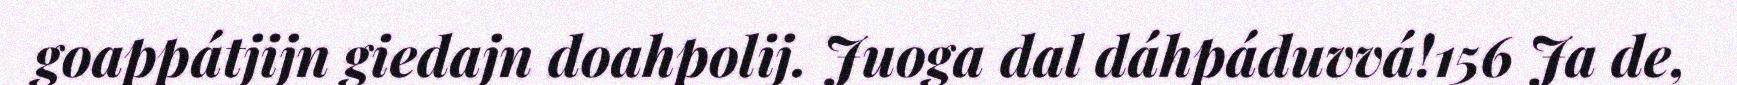
goappátjijn giedajn doahpolij. Juoga dal dáhpáduvvá!156 Ja de,